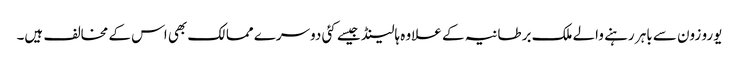
یورو زون سے باہر رہنے والے ملک برطانیہ کے علاوہ ہالینڈ جیسے کئی دوسرے ممالک بھی اس کے مخالف ہیں۔